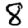
Digit: 8